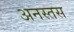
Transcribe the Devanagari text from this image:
अनस्तस